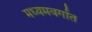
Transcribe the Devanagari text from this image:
मध्यमवर्गात